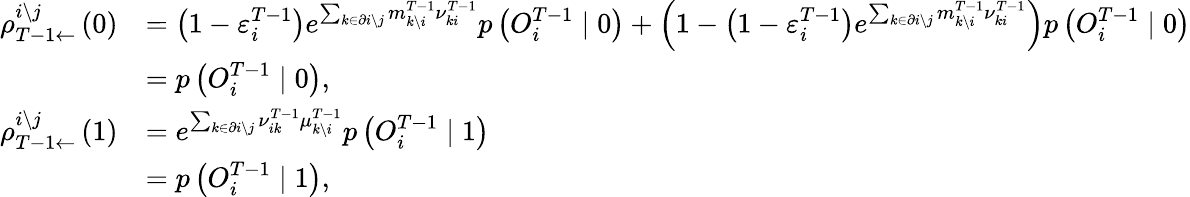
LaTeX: \begin{array}{rl}{\rho_{T-1\leftarrow}^{i\setminus j}\left(0\right)}&{=\left(1-\varepsilon_{i}^{T-1}\right)e^{\sum_{k\in\partial i\setminus j}m_{k\setminus i}^{T-1}{\nu}_{ki}^{T-1}}p\left(O_{i}^{T-1}\mid 0\right)+\left(1-\left(1-\varepsilon_{i}^{T-1}\right)e^{\sum_{k\in\partial i\setminus j}m_{k\setminus i}^{T-1}{\nu}_{ki}^{T-1}}\right)p\left(O_{i}^{T-1}\mid 0\right)}\\ &{=p\left(O_{i}^{T-1}\mid 0\right),}\\ {\rho_{T-1\leftarrow}^{i\setminus j}\left(1\right)}&{=e^{\sum_{k\in\partial i\setminus j}\nu_{ik}^{T-1}\mu_{k\setminus i}^{T-1}}p\left(O_{i}^{T-1}\mid 1\right)}\\ &{=p\left(O_{i}^{T-1}\mid 1\right),}\end{array}